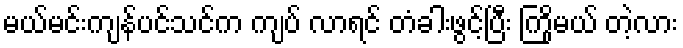
မယ်မင်းကျန်ပင်သင်က ကျပ် လာရင် တံခါးဖွင့်ပြီး ကြိုမယ် တဲ့လား